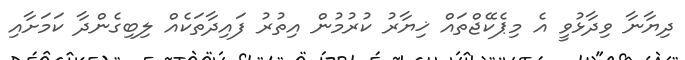
ދިޔާނާ ވިދާޅުވީ އެ މިޕެކޭޖްތައް ޚިޔާރު ކުރުމުން އިތުރު ފައިދާތަކެއް ލިބިގެންދާ ކަމަށާއި